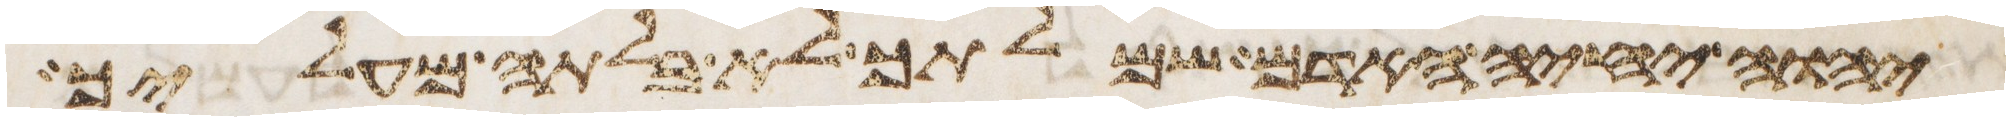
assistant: יהוה יחיה האדם שמלתך לא בלתה מעליך